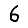
Digit: 6